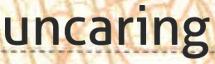
uncaring